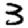
Digit: 3